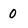
Character: 0